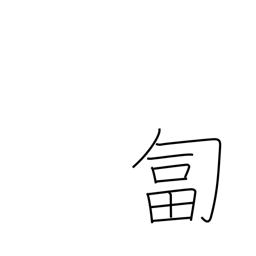
Meaning: crawl